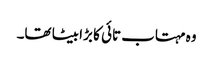
وہ مہتاب تائی کا بڑا بیٹا تھا۔